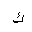
Letter: _kaf